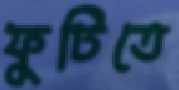
ফুটিতে